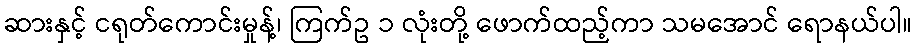
ဆားနှင့် ငရုတ်ကောင်းမှုန့်၊ ကြက်ဥ ၁ လုံးတို့ ဖောက်ထည့်ကာ သမအောင် ရောနယ်ပါ။